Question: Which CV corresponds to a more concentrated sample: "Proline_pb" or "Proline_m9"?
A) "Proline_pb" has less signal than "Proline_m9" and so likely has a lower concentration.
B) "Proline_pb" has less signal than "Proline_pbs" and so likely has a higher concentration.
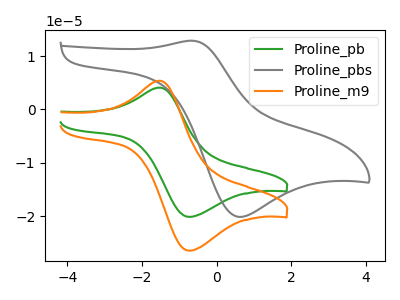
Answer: <think>The green curve "Proline_pb" has an anodic peak at (-1.50V, 4.10uA) and a cathodic peak at (-0.75V, -20.05uA). The gray curve "Proline_pbs" has an anodic peak at (-0.65V, 12.85uA) and a cathodic peak at (0.60V, -20.05uA). The orange curve "Proline_m9" has an anodic peak at (-1.50V, 5.40uA) and a cathodic peak at (-0.75V, -26.40uA).
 All the peaks in "Proline_pb" have a peak in "Proline_m9" at the same potential. Every peak in "Proline_pb" is lower than every peak in "Proline_m9".</think>
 <answer>A) "Proline_pb" has less signal than "Proline_m9" and so likely has a lower concentration.</answer>
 <eval>A</eval>